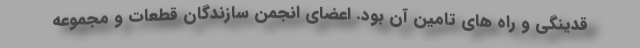
قدينگي و راه هاي تامين آن بود. اعضاي انجمن سازندگان قطعات و مجموعه